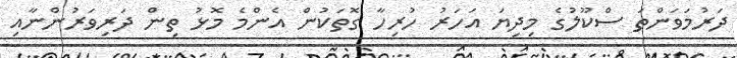
ދަރުމަވަންތަ ސްކޫލުގެ މިދިޔަ އަހަރު ހުރިހާ ގޮތަކުން އެންމެ މޮޅު ތިން ދަރިވަރުންނާއި